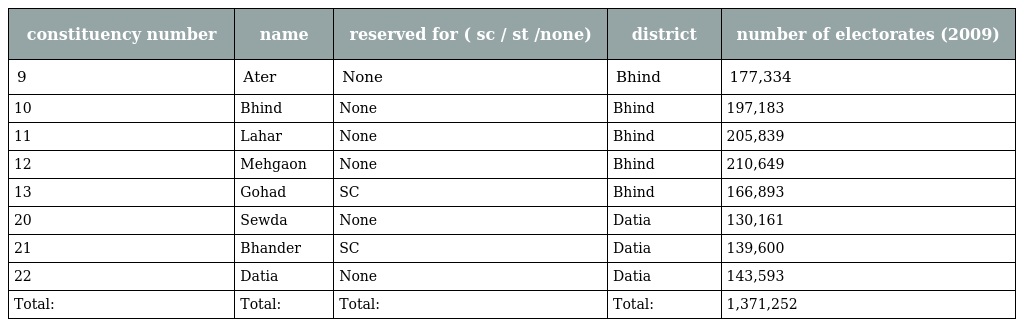
| constituency number | name | reserved for ( sc / st /none) | district | number of electorates (2009) |
 | --- | --- | --- | --- | --- |
 | 9 | Ater | None | Bhind | 177,334 |
 | 10 | Bhind | None | Bhind | 197,183 |
 | 11 | Lahar | None | Bhind | 205,839 |
 | 12 | Mehgaon | None | Bhind | 210,649 |
 | 13 | Gohad | SC | Bhind | 166,893 |
 | 20 | Sewda | None | Datia | 130,161 |
 | 21 | Bhander | SC | Datia | 139,600 |
 | 22 | Datia | None | Datia | 143,593 |
 | Total: | Total: | Total: | Total: | 1,371,252 |